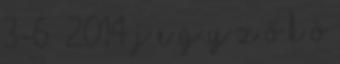
3-6 2014 J e g y z ő k ö